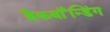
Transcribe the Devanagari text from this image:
बैकबॉंन्डिंग